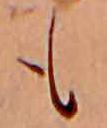
も